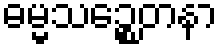
ဓမ္မသဉ္စေတနာ